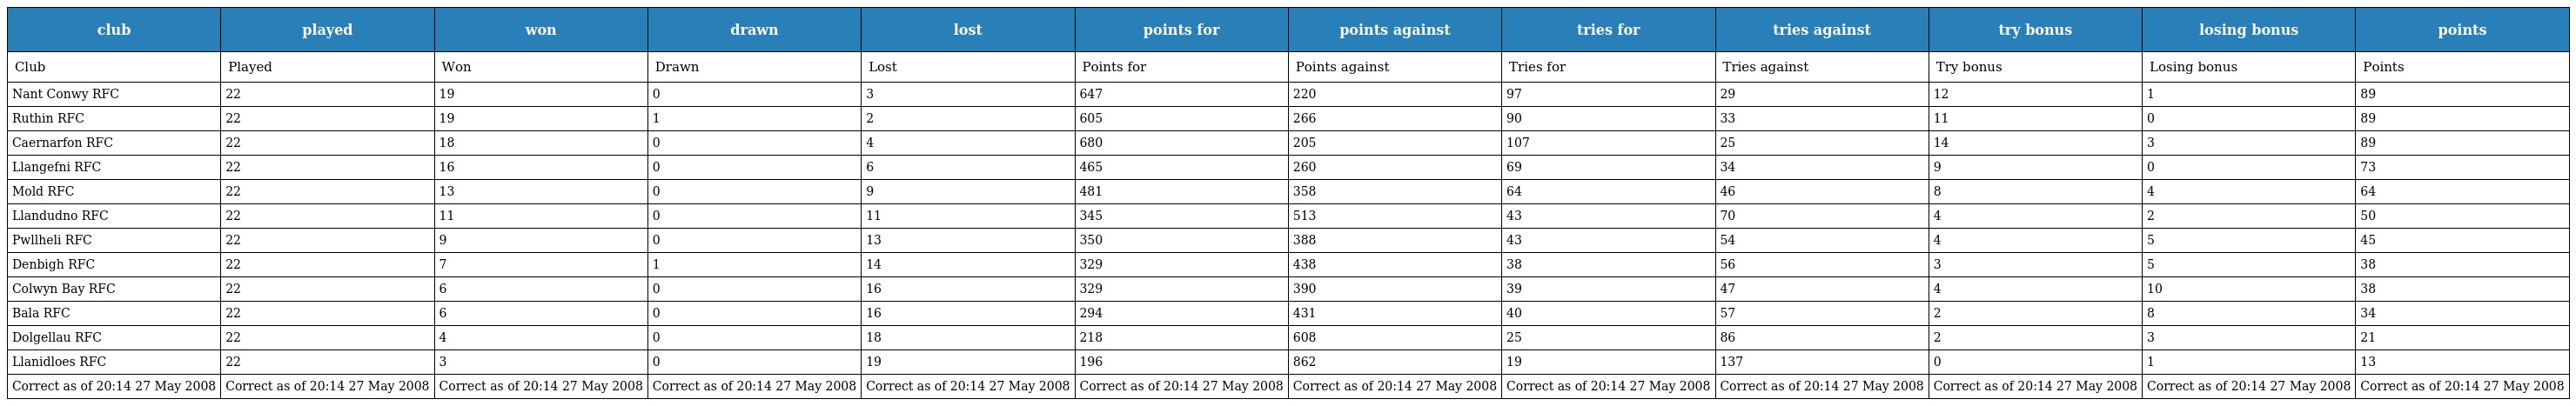
| club | played | won | drawn | lost | points for | points against | tries for | tries against | try bonus | losing bonus | points |
 | --- | --- | --- | --- | --- | --- | --- | --- | --- | --- | --- | --- |
 | Club | Played | Won | Drawn | Lost | Points for | Points against | Tries for | Tries against | Try bonus | Losing bonus | Points |
 | Nant Conwy RFC | 22 | 19 | 0 | 3 | 647 | 220 | 97 | 29 | 12 | 1 | 89 |
 | Ruthin RFC | 22 | 19 | 1 | 2 | 605 | 266 | 90 | 33 | 11 | 0 | 89 |
 | Caernarfon RFC | 22 | 18 | 0 | 4 | 680 | 205 | 107 | 25 | 14 | 3 | 89 |
 | Llangefni RFC | 22 | 16 | 0 | 6 | 465 | 260 | 69 | 34 | 9 | 0 | 73 |
 | Mold RFC | 22 | 13 | 0 | 9 | 481 | 358 | 64 | 46 | 8 | 4 | 64 |
 | Llandudno RFC | 22 | 11 | 0 | 11 | 345 | 513 | 43 | 70 | 4 | 2 | 50 |
 | Pwllheli RFC | 22 | 9 | 0 | 13 | 350 | 388 | 43 | 54 | 4 | 5 | 45 |
 | Denbigh RFC | 22 | 7 | 1 | 14 | 329 | 438 | 38 | 56 | 3 | 5 | 38 |
 | Colwyn Bay RFC | 22 | 6 | 0 | 16 | 329 | 390 | 39 | 47 | 4 | 10 | 38 |
 | Bala RFC | 22 | 6 | 0 | 16 | 294 | 431 | 40 | 57 | 2 | 8 | 34 |
 | Dolgellau RFC | 22 | 4 | 0 | 18 | 218 | 608 | 25 | 86 | 2 | 3 | 21 |
 | Llanidloes RFC | 22 | 3 | 0 | 19 | 196 | 862 | 19 | 137 | 0 | 1 | 13 |
 | Correct as of 20:14 27 May 2008 | Correct as of 20:14 27 May 2008 | Correct as of 20:14 27 May 2008 | Correct as of 20:14 27 May 2008 | Correct as of 20:14 27 May 2008 | Correct as of 20:14 27 May 2008 | Correct as of 20:14 27 May 2008 | Correct as of 20:14 27 May 2008 | Correct as of 20:14 27 May 2008 | Correct as of 20:14 27 May 2008 | Correct as of 20:14 27 May 2008 | Correct as of 20:14 27 May 2008 |